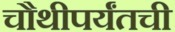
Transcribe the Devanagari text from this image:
चौथीपर्यंतची